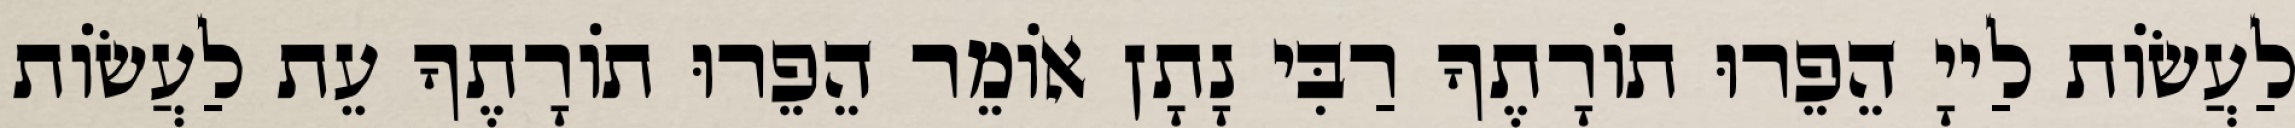
לַעֲשׂוֹת לַייָ הֵפֵרוּ תוֹרָתֶךָ רַבִּי נָתָן אוֹמֵר הֵפֵרוּ תוֹרָתֶךָ עֵת לַעֲשׂוֹת